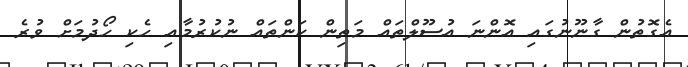
އެގޮތުން ގާނޫނުގައި އޮންނަ އުސޫލްތައް މަތިން ކަންތައް ނުކުރުމާއި ހެކި ހޯދުމަށް ވުރެ